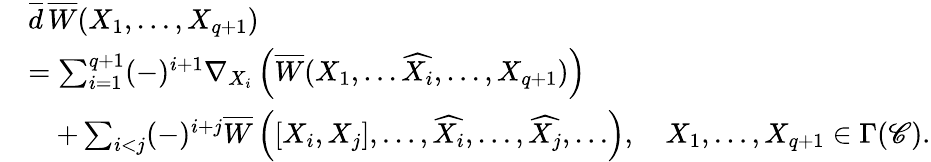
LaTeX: \begin{array}{rl}&{\overline{d}\, \overline{W}(X_{1},\ldots,X_{q+1})}\\ &{=\sum_{i=1}^{q+1}(-)^{i+1}\nabla_{X_{i}}\left(\overline{W}(X_{1},\ldots\widehat{X_{i}},\ldots,X_{q+1})\right)}\\ &{\quad+\sum_{i<j}(-)^{i+j}\overline{W}\left([X_{i},X_{j}],\ldots,\widehat{X_{i}},\ldots,\widehat{X_{j}},\ldots\right),\quad X_{1},\ldots,X_{q+1}\in\Gamma(\mathscr C).}\end{array}